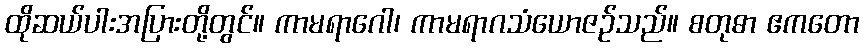
ထိုဆယ်ပါးအပြားတို့တွင်။ ကာမရာဂေါ၊ ကာမရာဂသံယောဇဉ်သည်။ စတုဓာ ဧကတော